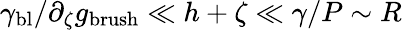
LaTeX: \gamma_{\mathrm{bl}}/\partial_{\zeta}g_{\mathrm{brush}}\ll h+\zeta\ll\gamma/P\sim R